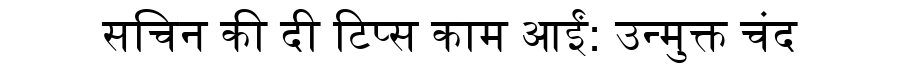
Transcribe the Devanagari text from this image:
सचिन की दी टिप्स काम आईं: उन्मुक्त चंद